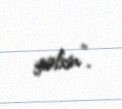
gəlsin”.